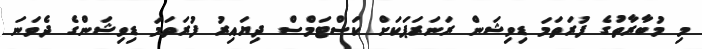
މި މުބާރާތުގެ ފުރަތަމަ ޑިވިޝަން ރަނަރަޕަކަށް ކަސްޓަމްސް ދިޔައިރު ފުރަތަމަ ޑިވިޝަންގެ ދެވަނަ